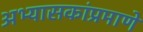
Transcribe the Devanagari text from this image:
अभ्यासकांप्रमाणे